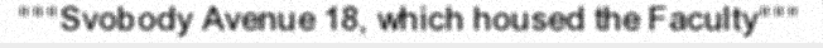
"""Svobody Avenue 18, which housed the Faculty"""